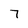
Character: 7